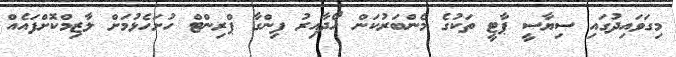
މިގަވައިދުގައި ސިޔާސީ ޕާޓީ ތަކުގެ މެންބަރުކަން ހޯދާއިރު ފިންގާ ޕްރިންޓް ހުށަހެޅުމަށް ލާޒިމްކޮށްފައެއް